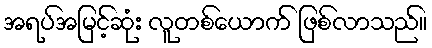
အရပ်အမြင့်ဆုံး လူတစ်ယောက် ဖြစ်လာသည်။